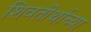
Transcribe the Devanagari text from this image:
शिवतीर्थाच्या